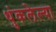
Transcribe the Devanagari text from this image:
थुंकलेल्या